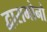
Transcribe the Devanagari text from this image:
द्वारामोनो